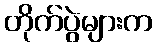
တိုက်ပွဲများက